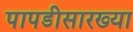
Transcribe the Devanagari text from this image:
पापडीसारख्या